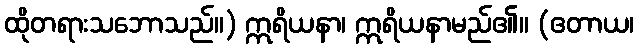
ထိုတရားသဘောသည်။) ဣရိယနာ၊ ဣရိယနာမည်၏။ (ဧတာယ၊